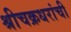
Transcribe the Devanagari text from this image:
श्रीचक्रधरांची